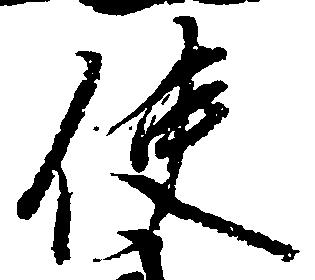
使